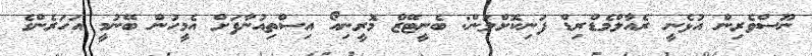
ނޫސްވެރިން އުޅެނީ ރެއާލްމެޑްރިޑް ފަނިކޮށްލަން: ބެނީޓޭޒް މޮރީނިއޯ އިސްތިއުނާފަށް އެމީހުން ބޭނުމީ އަހަރެންގެ